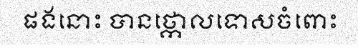
ផងនោះ បានថ្កោលទោសចំពោះ